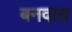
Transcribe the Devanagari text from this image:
बनवात